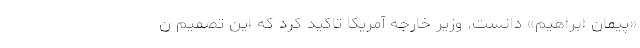
«پیمان ابراهیم» دانست. وزیر خارجه آمریکا تاکید کرد که این تصمیم ن